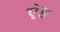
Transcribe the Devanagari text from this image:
ऐ़ड